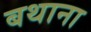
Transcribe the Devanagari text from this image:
बथाना